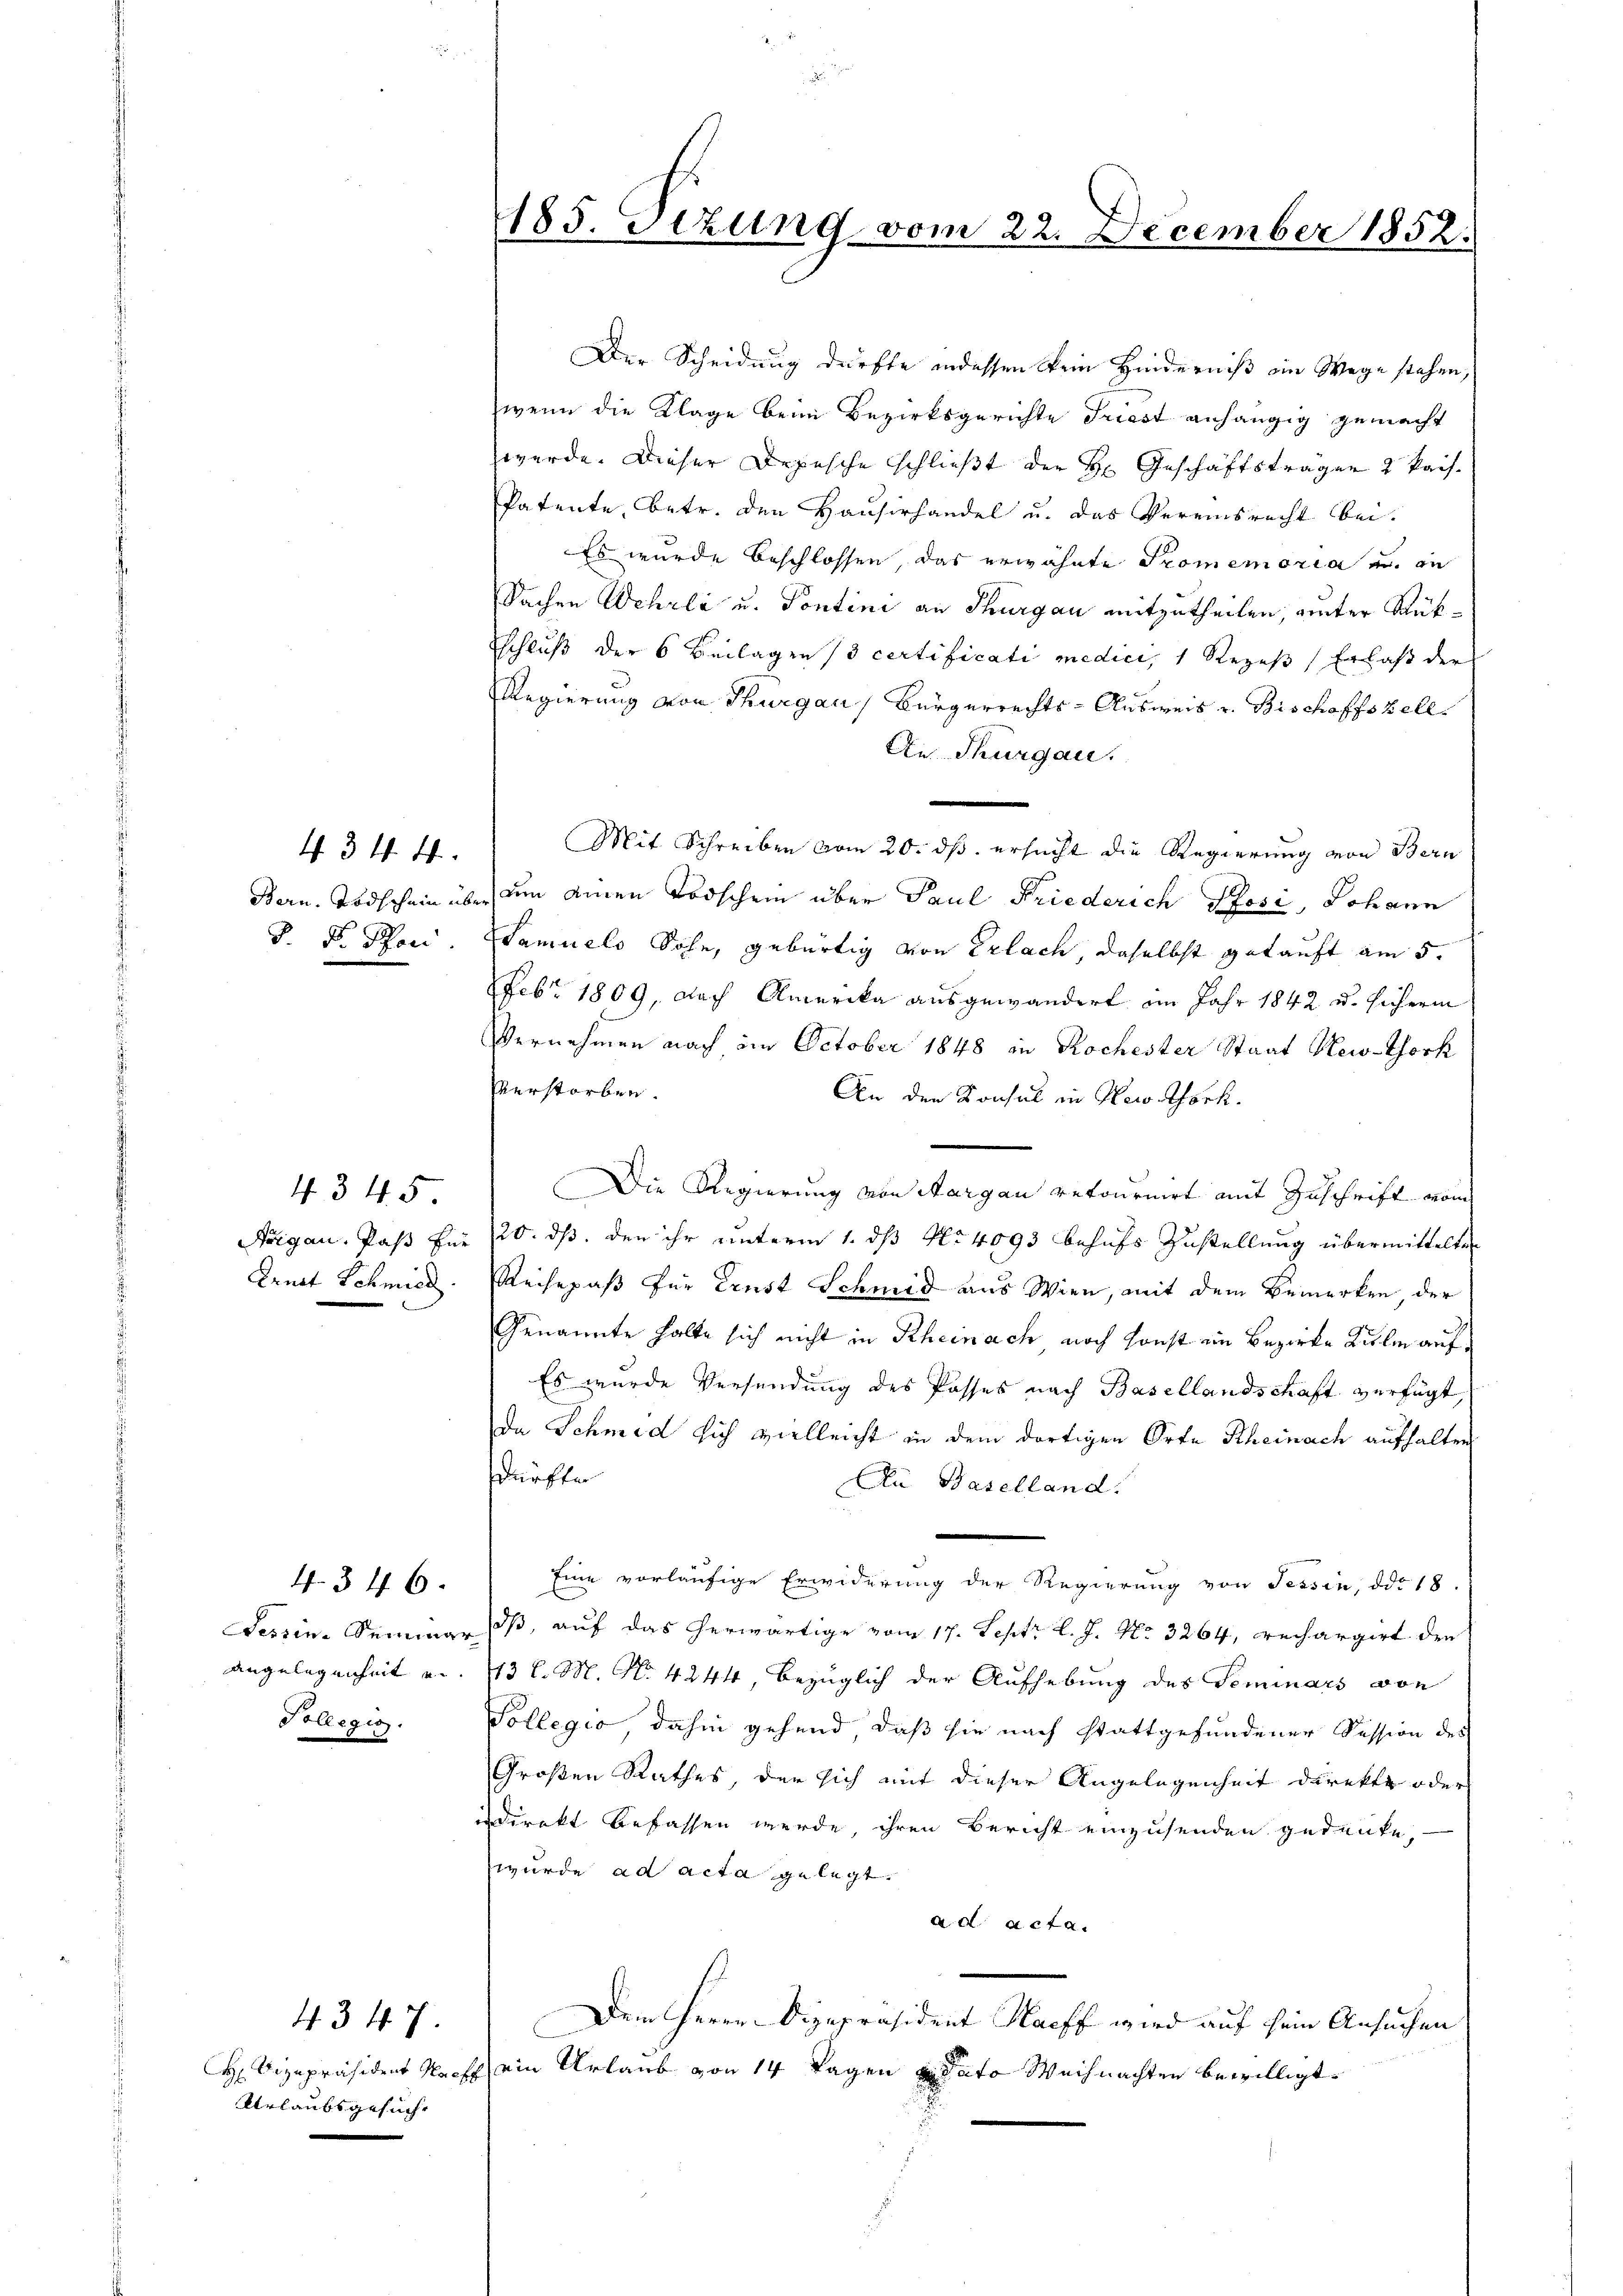
434. 4.

P. Dr. Pari

4345
Arnst Schmied

4. 346.
angelegenheit u.
Pollegig.

Urlaubsgesucht

4. 347.

¬
185. Tizung vom 22. December 1852.

Der Scheidung dürfte indessen kein Hinderniß ein Wege stehen,
wenn die Klage beim Bezirksgerichte Friest anhängig gemacht
werde. Dieser Depesche schließt der H. Geschäftsträger & kais.
Patente, betr. den Hausirhandel u. das Vereinsrecht bei.
Es wurde beschlossen, das erwähnte Promemoria u. in
Sachen Wehrli u. Pontini an Thurgau mitzutheilen, unter Rükschluß der 6 Beilagen (3 certificati medici, 1 Rezeß Erlaß der
Regierung von Thurgau, Bürgerrechts-Ausweis u. Bischoffszell.
An Thurgau.
Mit Schreiben vom 20. ds. ersucht die Regierung von Bern
Bern. Todschein über dem einen Todschein über Paul Friederich Pfosi, Johann
Samuelo Sohn, gebürtig von Erlach, daselbst gekauft am 5.
Febr. 1809, nach Amerika ausgewandert im Jahr 1842 u. Hieherin
Vernehmen nach im October 1848 in Rochester Staat New-thork
Verstorben.
An den Konsul in New York.
Die Regierung von Margau retournirt mit Zuschrift vom
organ. Paß für 120. ds. den ihr unterm 1. dß No 4093 behufs Zustellung übermittelte
Reisepaß für Ernst Schmid aus Wien, mit dem Bemerken der
Genannte halte sich nicht in Rheinach noch sonst ein Bezirke Ziele auf¬
Es wurde Versendung des Posses nach Basellandschaft verfügt,
da Schmid sich vielleicht in dem dortigen Orte Rheinach aufhalten,
dürfte
An Baselland.
Eine vorläufige Erwiderung der Regierung von Tessin, ddo 18.
Sessine Seminar I, auf das herwärtige vom 17. Septr l. J. No. 3264, rechargirt die
13 l. M. N. 4244, bezüglich der Aufhebung des Seminars von
Sollegio, dahin gehend, daß sie nach stattgefundener Session des
Großen Rathes, der sich mit dieser Angelegenheit direkte oder
indirekt befassen werde, ihren Bericht einzusenden gedenke,
wurde ad acta gelegt.
ad acta.
Dem Herrn Dizepräsident Hacff wird auf sein Ansuchen
H. Vizepräsident Nacht ein Urlaub von 14 Tagen dato Weihnachten bewilligt.